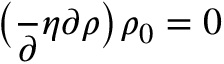
\big ( \frac Ḋ \partial \eta Ḍ Ḋ \partial \rho Ḍ \big ) _ { Ḋ } \rho _ { 0 } Ḍ = 0